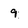
Character: 9